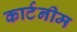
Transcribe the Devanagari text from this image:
कार्टनीम